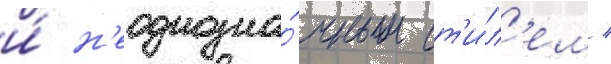
и́ н'еоднозна́чным ст'и́л'ем /